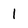
Character: 1